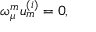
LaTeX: \omega _ { \mu } ^ { { m } } u _ { { m } } ^ { { ( i ) } } = 0 ,